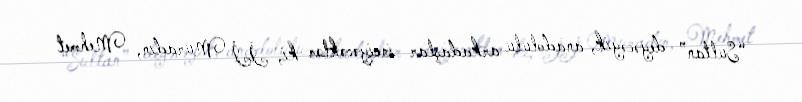
“Sultan” deyəcəyik, anadolulu arkadaşlar inciyəcəklər ki, İİ Muradın, Mehmet